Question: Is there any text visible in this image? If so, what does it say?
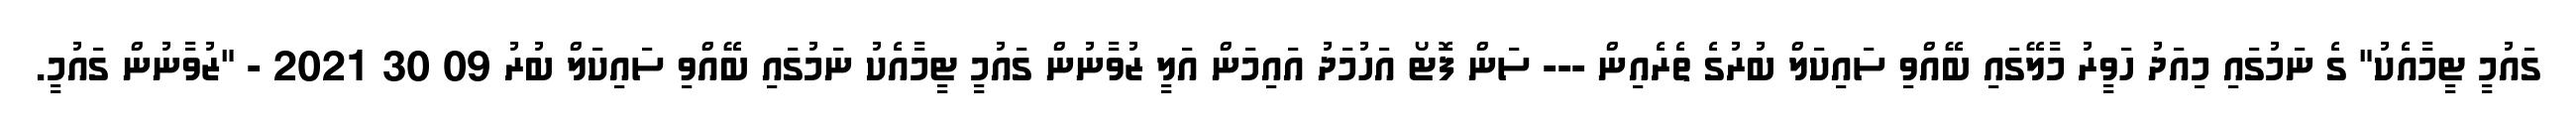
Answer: ގައުމީ ޓީމާއެކު" ގެ ނަމުގައި މިއަދު ހަވީރު މާލޭގައި ބޭއްވި ސައިކަލް ބުރުގެ ތެރެއިން --- ސަން ފޮޓޯ އަހުމަދު އައިމަން އަލީ ޒުވާނުން ގައުމީ ޓީމާއެކު ނަމުގައި ބޭއްވި ސައިކަލް ބުރު 09 30 2021 - "ޒުވާނުން ގައުމީ.